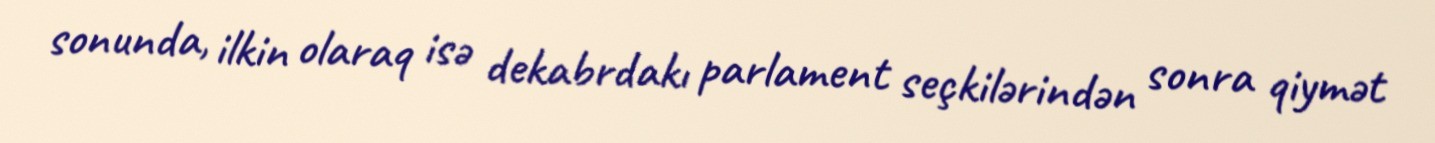
sonunda, ilkin olaraq isə dekabrdakı parlament seçkilərindən sonra qiymət